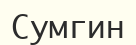
Сумгин